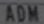
ADM